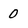
Character: 0